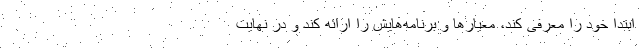
ابتدا خود را معرفی کند، معیارها و برنامه‌هایش را ارائه کند و در نهایت